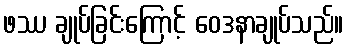
ဖဿ ချုပ်ခြင်းကြောင့် ဝေဒနာချုပ်သည်။